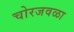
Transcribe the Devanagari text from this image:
चोरजवळा